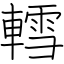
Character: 轌